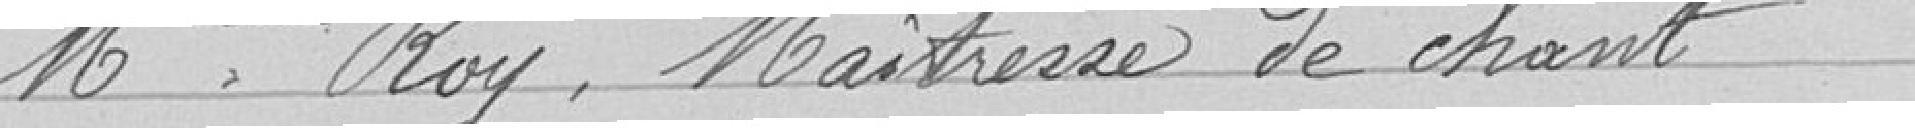
Melle Roy, Maîtresse de chant              800